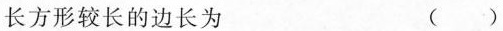
长方形较长的边长为 ( )